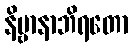
နိဗ္ဗာနာဘိရတော